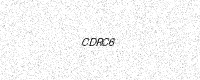
Text: CDRC6